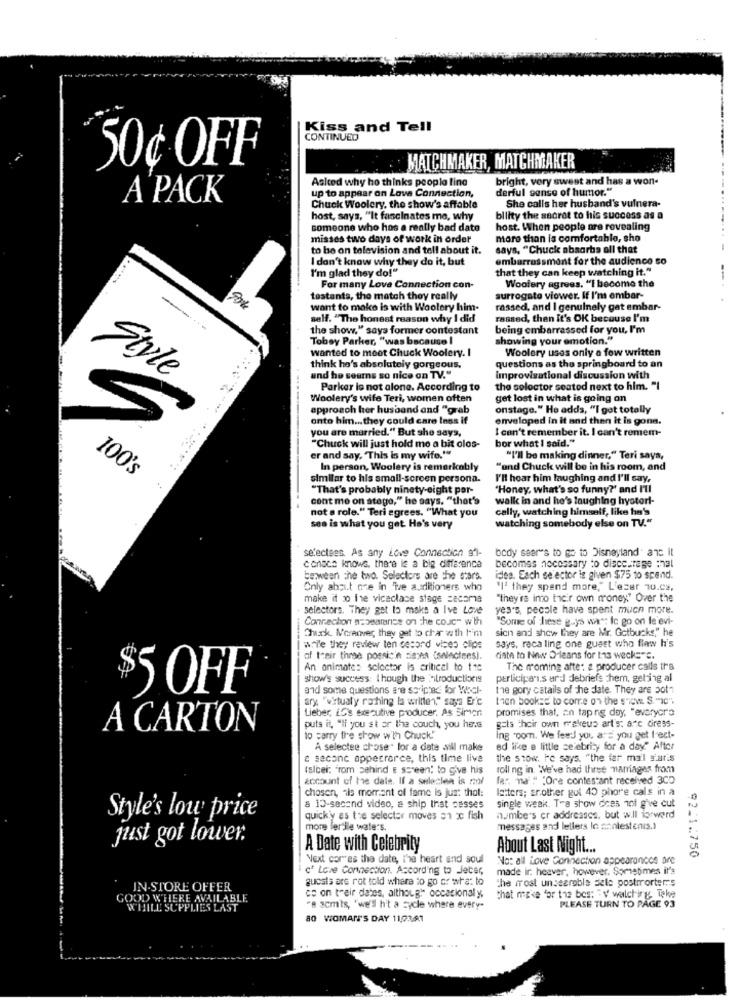
Kiss and Tell
CONTINUED
50¢ OFF
MATCHMAKER, MATCHMAKER
Aslted why ho thinks people fine
bright, very swest and has a won-
up to appear on Lave Connection,
derful sense of humor."
A PACK
She calls her husband's vulnera-
Chuck Woolery, the show's affable
host, says, "It fascinates me, why
bliity the secret to his success as a
someone who has a really bad date
host. When people are revealing
misses two days of work in order'
maro than is comfortable, sho
to be on television and tell about it.
says, "Chuck absorbs all that
I don't know why they do it, but
embarrassment for the audience so
I'm glad they do!"
that they can keep watching it."
Woolery agrees. "I become the
--.
For many Love Connection con-
testanta, the match they really
surrogate viower. If I'm ombar-
want to make is with Woolery him-
rassed, and I genuinely gat embar-
self. "The honest reason why I did
rassed, then It's OK because I'm
---
the show," says former contestant
being embarrassed for you, I'm
Toboy Parker, "was because I
showing your emotion."
wanted to meet Chuck Woolery. I
Woolery uses only a few written
questions as the springboard to an
think he's absolutely gorgeous,
Style
and he seems so nice on TV."
Improvisational discussion with
Parker is not alone. According to
the soloctor seated next to him. "I
Woolery's wife Teri, women often
get lost in what is going on
approach her husband and "grab
onstage." He adds, "I get totally
onto him ... they could care less if
enveloped in it and then it is gone.
you are married." But she says,
I can't remember it. I can't remem-
bor what I said."
"Chuck will just hold me a bit olos-
er and say. "This is my wife."
"I'll be making dinner," Teri saya,
100's
In person, Woolery is remarkably
"and Chuck will be in his room, and
similar to his small-screen persona.
I'll hear him laughing and I'll say,
"That's probably ninety-eight por-
"Honey, what's so funny?' and I'll
cont mo on stage," he says. "that's
walk in and he's laughing hysteri-
not a role." Teri agrees. "What you
cally, watching himself, like he's
watching somebody else on TV."
see is what you get Ha's very
selectses. As any Love Connection af-
body sear's to go to Disneyland" and it
conace knows, there le a big difference
becomes necessary to discourage :hal
berween the two. Selectors are the stars.
ides. Each selector is given $75 to spend.
Only about ore in The a.sitioners who
"I' they spend more," L'eser 70.02,
make it 20 the viceclase stage sacoma
"they're into their own money" Over the
selectors. They get to maks a Ive Love
yes's, pecole have spent much more.
Connachon n= >warenise on the couc" with
"Some of these guys was: Ic go on le'evi-
Chack. Moreover they get to char wath I'm
sich and show they are Mr. Gotbucks," he
says, reca ling one guest who flew h's
w.Te they review ten cesord vices clips
of their three possicin zia:es (swlecises).
date to New Orleans for ta3 weeks"c.
An animate: scloctor is critical to t 10
The moming afte: a producer calls ths
show's success: I hough the -troductionis
perliciparis ard debriefs chem, getting al
$5 OFF
and some questions are scripted for Wocl-
the gory catails of the date. They are pot"
ary "w'tualy rohing la written," says Er'c
tien booksE to come on the show S. ""C".
Lieber LG's executive producer. As Simont
promises that, on tap ng day, "everyor's
gets their own rakeus art's: atc Gress-
A CARTON
puts it, "li you st or the couch, you her.s
to carry the show w'th Chuck!
Ing "com. We feed you are you get I ect-
A selectee chose. lor a date sill make
ed ifkce a little celebrity for a day"" After
& second appesrarce, this time live
the show. he says, ""the far mail y'aris
(albei; "rom sahind E screen; to give his
roll ng in. We've had three marriages from
account of the dals. If a seleclen is not
far. na" " "Ore contestant received 3CD
chosen, ils moment of fame is just that:
letters; Er.other gol 40 phore cals in a
single weak. Tra show does not give cut
& 13-sacand video, a ship thst cesses
Style's low price
quickly as the selector moves an ac fish
numbers cr addresses, but will forward
more fertile waters
messages and lellers lo aanlestenis.)
just got lower.
A Date with Celebrity
About Last Night ...
92.1.750
Next corres the date, the heart and soul
No: all Love Connection appearances are
Love Connection. According to Jeter,
made ir. heever, however. Sometimes it's
guests are rot told where to go or wra: to
The frost unsearoble Sele postrrorter.s
IN-STORE OFFER
GOOD WHERE AVAILABLE
co on their dates, although" occecional y
that make for the bes: " V walching, take
WHILE SUPPLIES LAST
"# scmts, "we'll h't a cycle where every-
PLEASE TURN TO PAGE 93
80 WOMAN'S DAY 11,0361